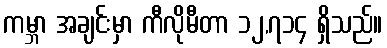
ကမ္ဘာ အချင်းမှာ ကီလိုမီတာ ၁၂,၇၁၄ ရှိသည်။